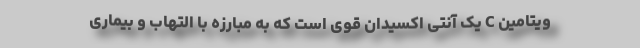
ویتامین C یک آنتی اکسیدان قوی است که به مبارزه با التهاب و بیماری